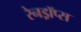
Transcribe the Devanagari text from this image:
रेनड्रॉप्स